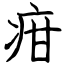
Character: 疳